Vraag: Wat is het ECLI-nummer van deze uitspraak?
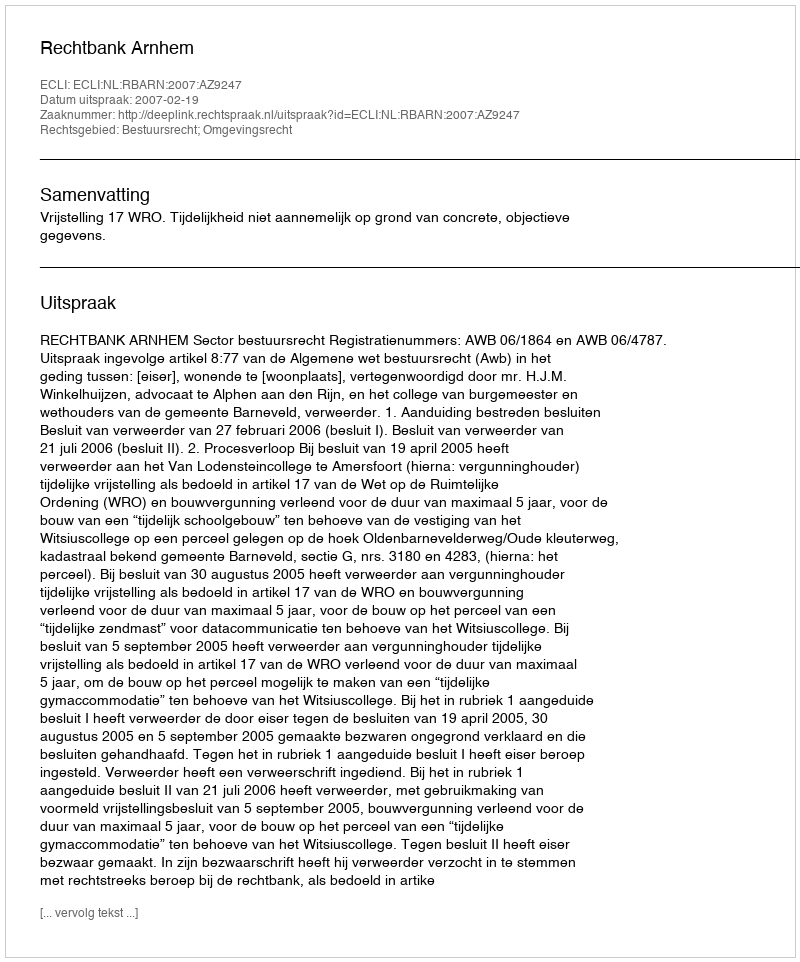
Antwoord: ECLI:NL:RBARN:2007:AZ9247